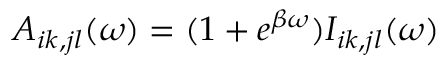
A _ { i k , j l } ( \omega ) = ( 1 + e ^ { \beta \omega } ) I _ { i k , j l } ( \omega )